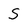
Character: S